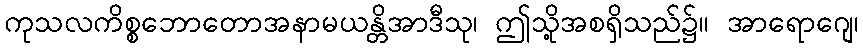
ကုသလကိစ္စဘောတောအနာမယန္တိအာဒီသု၊ ဤသို့အစရှိသည်၌။ အာရောဂျေ၊